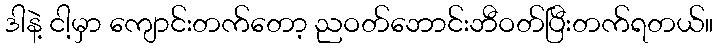
ဒါနဲ့ ငါ့မှာ ကျောင်းတက်တော့ ညဝတ်ဘောင်းဘီဝတ်ပြီးတက်ရတယ်။